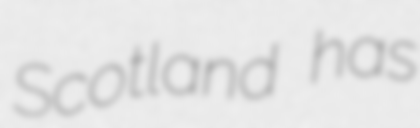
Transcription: Scotland has